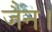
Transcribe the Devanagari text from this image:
जैन।